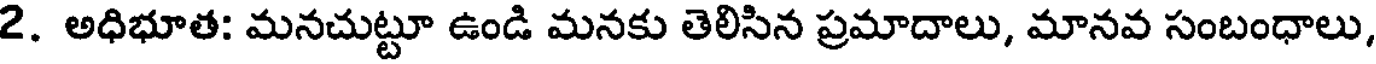
2. అధిభూత: మనచుట్టూ ఉండి మనకు తెలిసిన ప్రమాదాలు, మానవ సంబంధాలు,